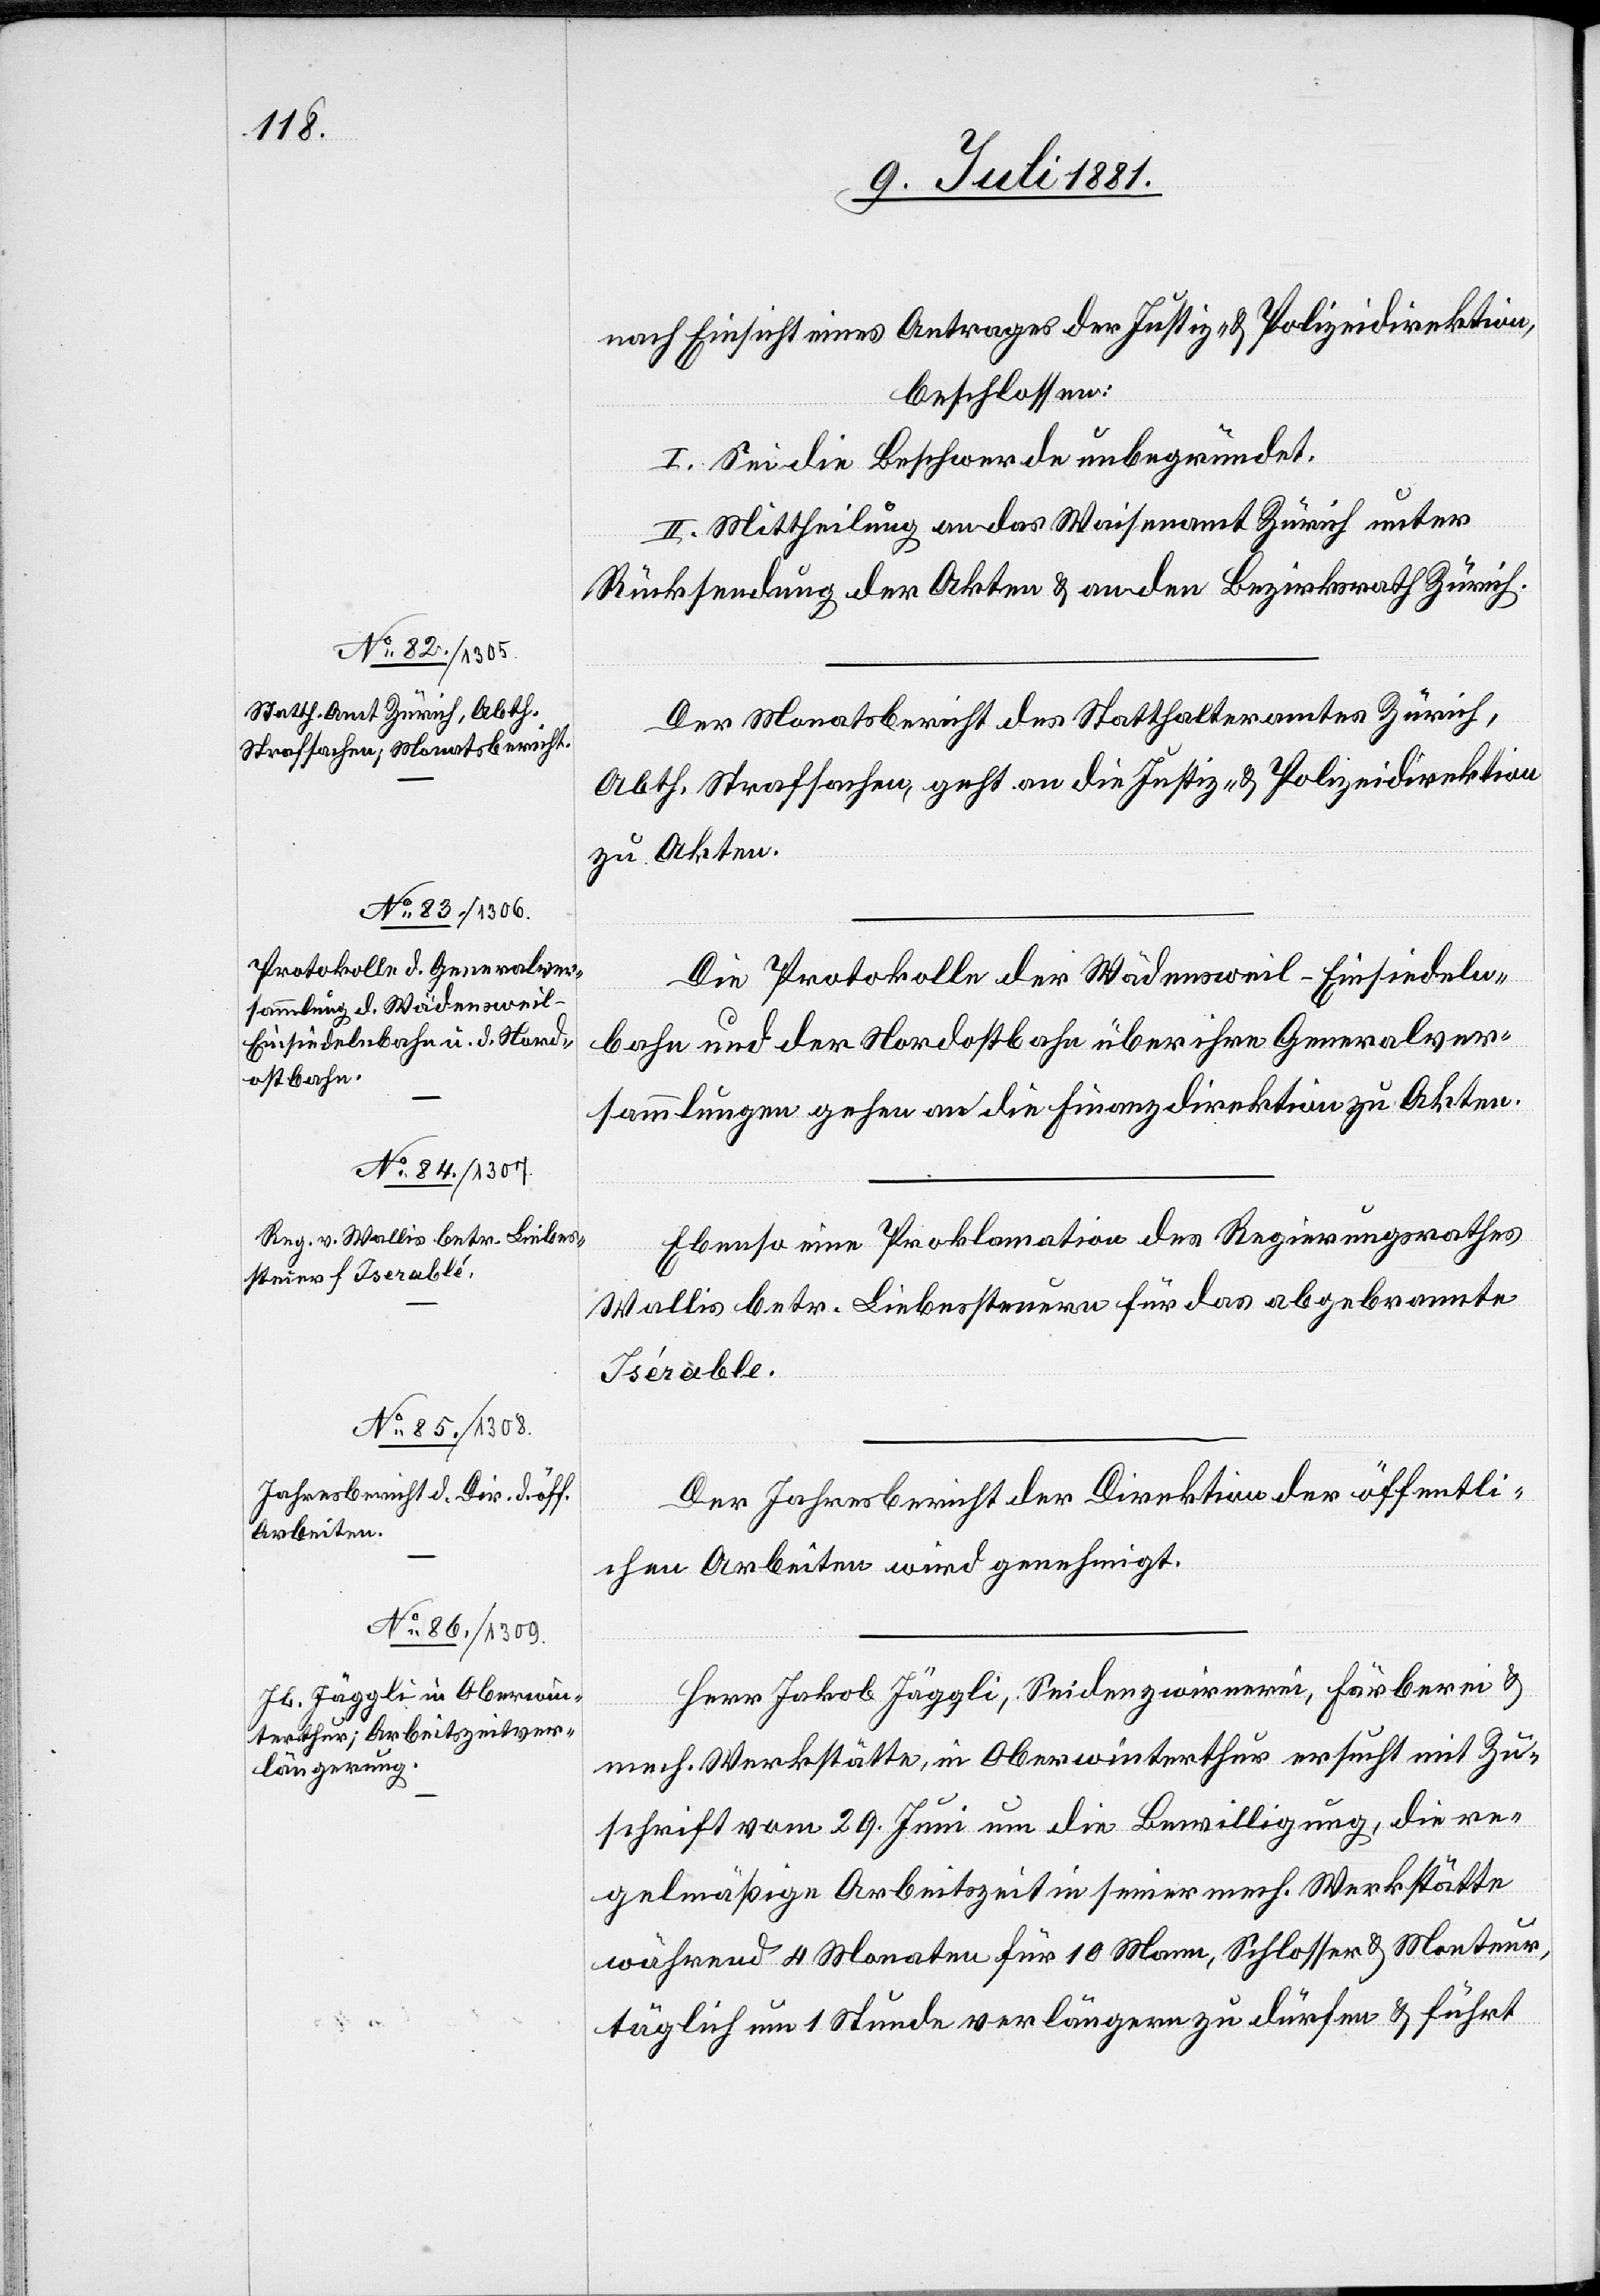
nach Einsicht eines Antrages der Justiz- & Polizeidirektion,
beschlossen:
I. Sei die Beschwerde unbegründet.
II. Mittheilung an das Waisenamt Zürich unter
Rücksendung der Akten & an den Bezirksrath Zürich.
Der Monatsbericht des Statthalteramtes Zürich,
Abth. Strafsachen, geht an die Justiz- & Polizeidirektion
zu Akten.
Die Protokolle der Wädensweil–Einsiedeln¬
bahn und der Nordostbahn über ihre Generalver¬
sammlungen gehen an die Finanzdirektion zu Akten.
Ebenso eine Proklamation des Regierungsrathes
Wallis betr. Liebessteuern für das abgebrannte
Isérable
Der Jahresbericht der Direktion der öffentli¬
chen Arbeiten wird genehmigt.
Herr Jakob Jäggli, Seidenzwirnerei, Färberei &
mech. Werkstätte, in Oberwinterthur ersucht mit Zu¬
schrift vom 29. Juni um die Bewilligung, die re¬
gelmäßige Arbeitszeit seiner mech. Werkstätte
während 4 Monaten für 10 Mann, Schlosser & Monteur,
täglich um 1 Stunde verlängern zu dürfen & führt